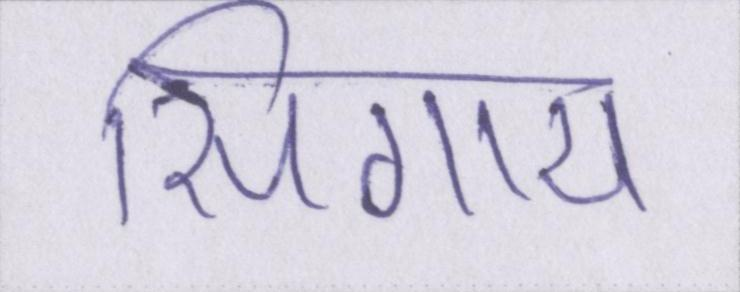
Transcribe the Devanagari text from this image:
सिगाय